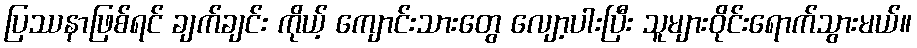
ပြဿနာဖြစ်ရင် ချက်ချင်း ကိုယ့် ကျောင်းသားတွေ လျော့ပါးပြီး သူများဝိုင်းရောက်သွားမယ်။